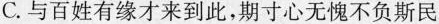
C.与百姓有缘才来到此，期寸心无愧不负斯民